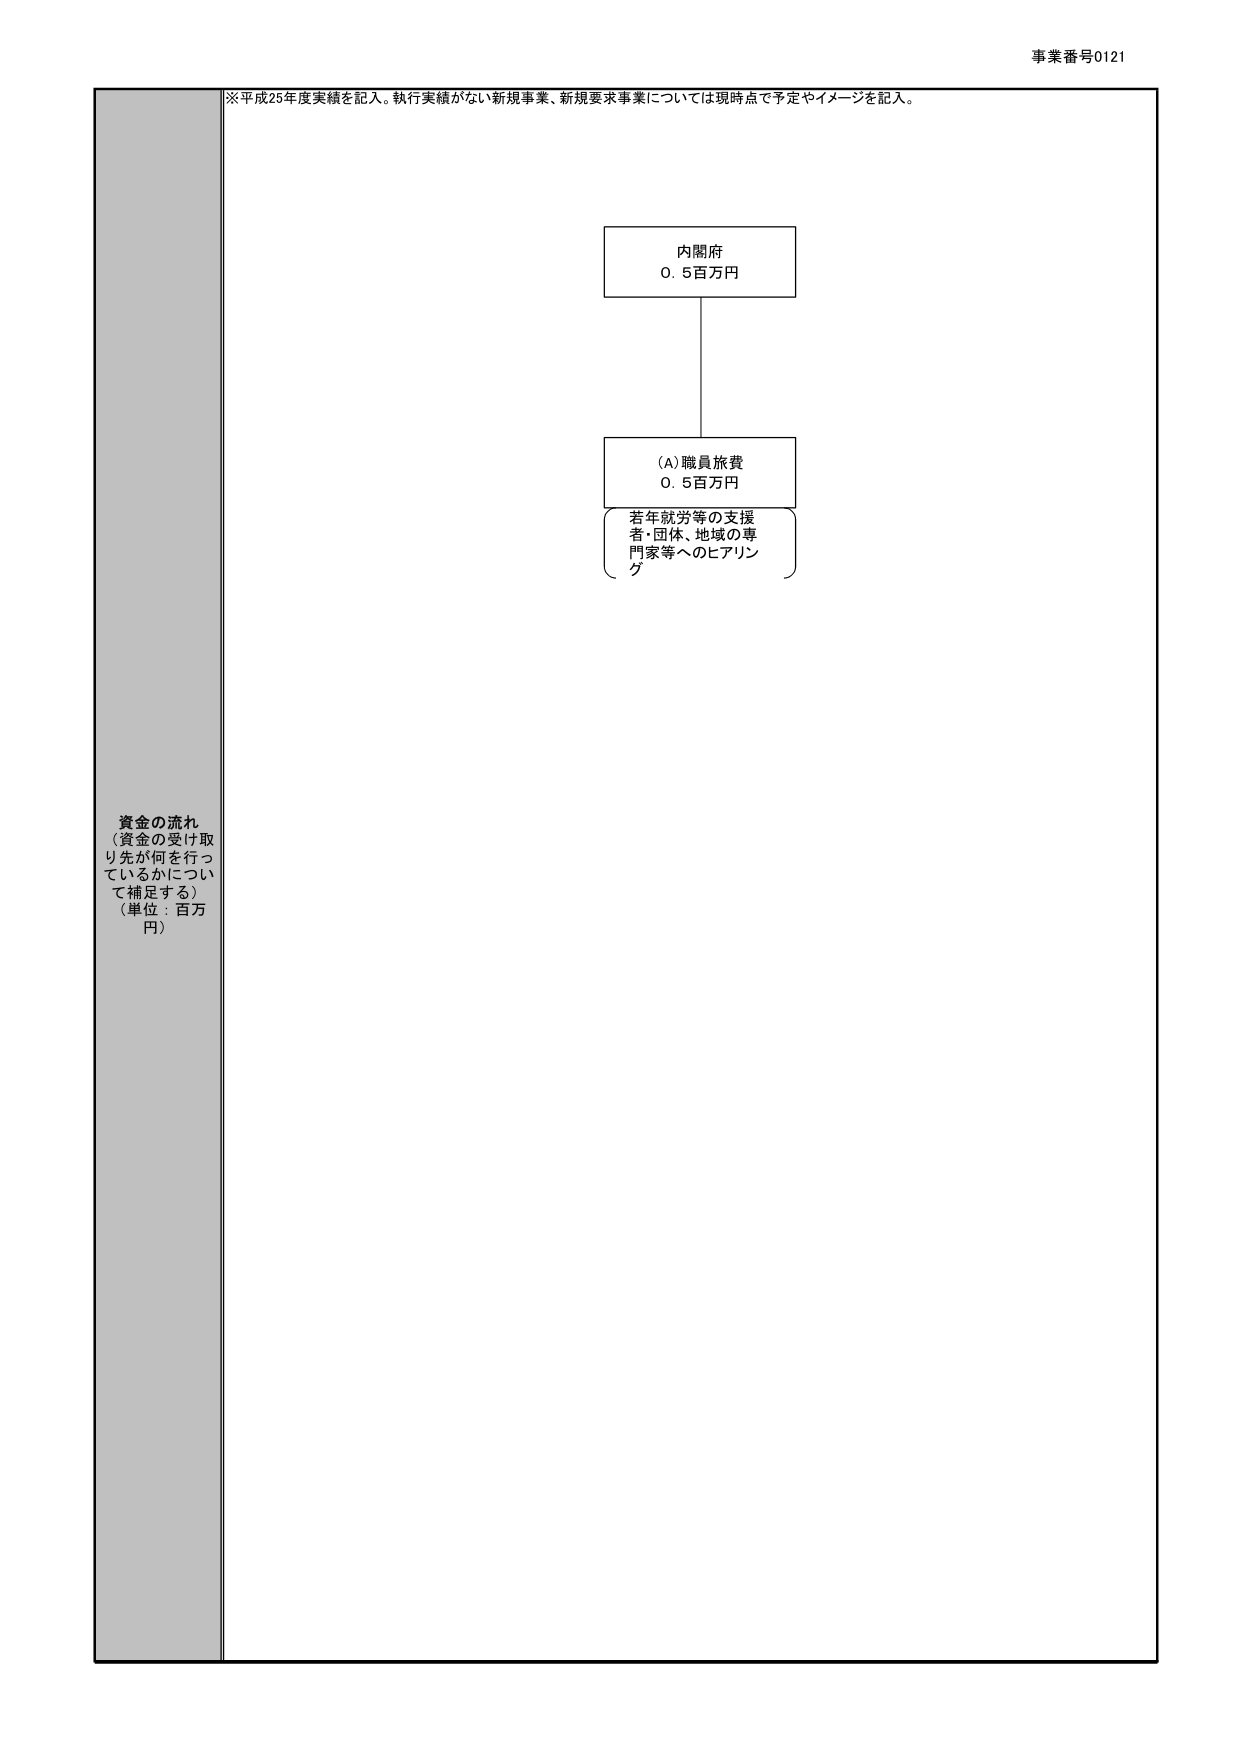
事業番号0121

※平成25年度実績を記入。執行実績がない新規事業、新規要求事業については現時点で予定やイメージを記入。

資金の流れ
（資金の受け取り先が何を行っているかについて補足する）
（単位：百万円）

内閣府
0.5百万円

(A)職員旅費
0.5百万円

若年就労等の支援者・団体、地域の専門家等へのヒアリング